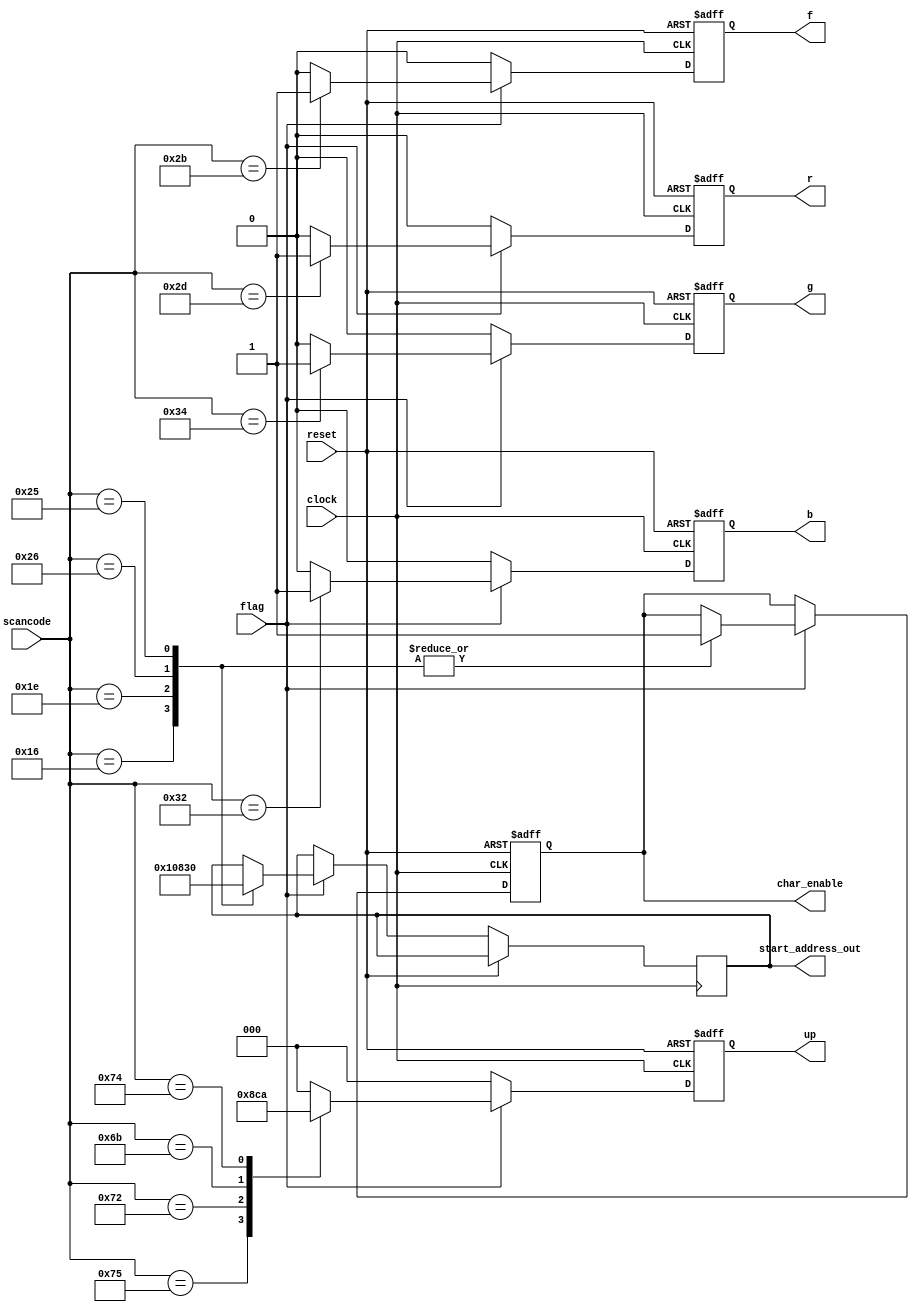
module kbd_decoder(clock,reset,flag,scancode,start_address_out,r,g,b,f,up,char_enable);
input [7:0] scancode;
input flag,clock,reset;
output reg f,r,g,b,char_enable;
output reg [5:0] start_address_out;
output reg [2:0] up;

always @(posedge clock or posedge reset) //to be replaced with vga_clk?
if (reset)
begin
	r<=0;
    g<=0;
    b<=0;
    f<=0;
	char_enable<=0;
    up<=3'b000;
end
else begin
    r<=0;
    g<=0;
    b<=0;
    f<=0;
    up<=3'b000;
if(flag)
begin
    case(scancode)
        8'h16: begin //found 1 
					start_address_out<=6'b000000; 
					char_enable<=1; 
					end
        8'h1e: begin //found 2
					start_address_out<=6'b010000; 
					char_enable<=1;
					end					
        8'h26: begin //found 3
					start_address_out<=6'b100000; 
					char_enable<=1;
					end
        8'h25: begin //found 4 
					start_address_out<=6'b110000 ; 
					char_enable<=1;
					end
        8'h2d: r<=1'b1; //found red
        8'h34: g<=1'b1; //found green
        8'h32: b<=1'b1; //found blue
        8'h2b: f<=1'b1; // F
        8'h75: up<=3'b100;//panw
        8'h72: up<=3'b011;//katw
        8'h6B: up<=3'b001;//aristera
        8'h74: up<=3'b010;//deksia
    endcase
end
else 
    begin
    r<=0;
    g<=0;
    b<=0;
    f<=0;
    up<=3'b000;
    end
end
endmodule